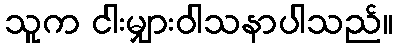
သူက ငါးမျှားဝါသနာပါသည်။